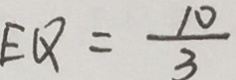
E Q = \frac { 1 0 } { 3 }